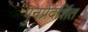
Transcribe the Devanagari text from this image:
पुनर्प्रदर्शित